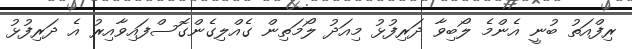
ރިފްއަތު ބުނީ އެންމެ ލޯބިވާ ދަރިފުޅު މިއަދު ލޯމަތިން ގެއްލިގެންގޮސްފައިވާއިރު އެ ދަރިފުޅު